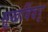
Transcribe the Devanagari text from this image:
सुखविंदर्